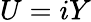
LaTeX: U=iY